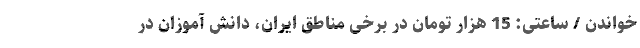
خواندن / ساعتی: 15 هزار تومان در برخی مناطق ایران، دانش آموزان در